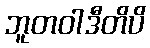
ဘူတဝါဒီတိပိ